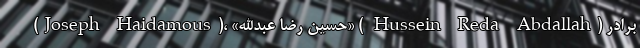
(Joseph Haidamous)، «حسین رضا عبدالله» ( Hussein Reda Abdallah) برادر